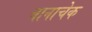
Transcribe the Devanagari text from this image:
बानाचेक